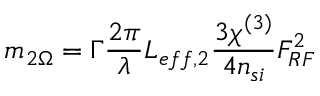
m _ { 2 \Omega } = \Gamma \frac { 2 \pi } { \lambda } L _ { e f f , 2 } \frac { 3 \chi ^ { ( 3 ) } } { 4 n _ { s i } } F _ { R F } ^ { 2 }